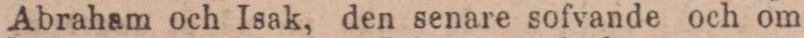
Abraham och Isak, den senare sofvande och om